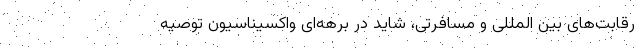
رقابت‌های بین المللی و مسافرتی، شاید در برهه‌ای واکسیناسیون توصیه